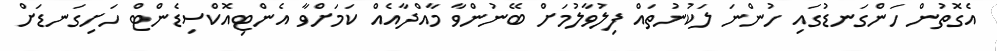
އެގޮތުން ހަންގަނޑުގައި ހުންނަ ލަކުނުތައް ފިލުވާލުމަށް ބޭނުންވާ މާއްދާއެއް ކަމަށްވާ އެންޓިއޮކްސިޑެންޓް ހަށިގަނޑަށް